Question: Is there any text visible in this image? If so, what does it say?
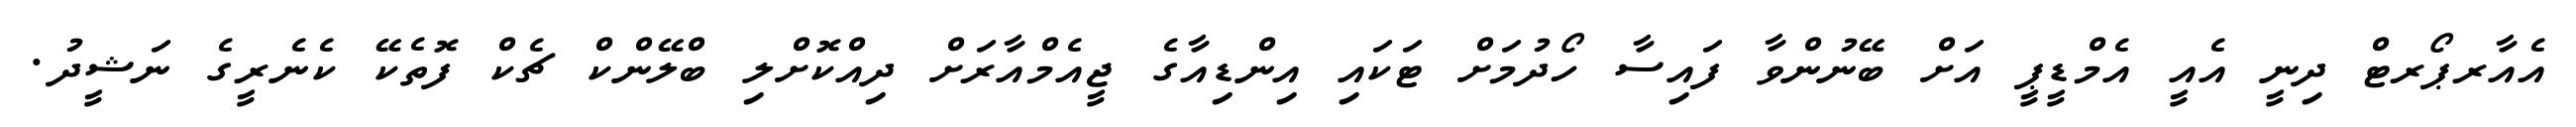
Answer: އެއާރޕޯރޓް ދިނީ އެއީ އެމްޑީޕީ އަށް ބޭނުންވާ ފައިސާ ހޯދުމަށް ޓަކައި އިންޑިއާގެ ޖީއެމްއާރަށް ދިއްކޮށްލި ބްލޭންކް ޗެކް ފޮތެކޭ ކެނެރީގެ ނަޝީދު.